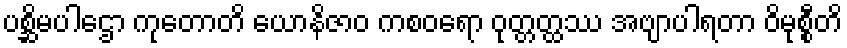
ပစ္ဆိမပါဌော ကုတောတိ ယောနိဇာဝ ကစဝရော ဝုတ္တတ္ထဿ အဗျာပါရတာ ဝိမုစ္စီတိ